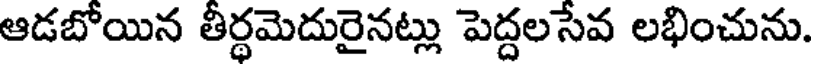
ఆడబోయిన తీర్థమెదురైనట్లు పెద్దలసేవ లభించును.